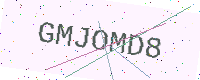
Text: GMJOMD8